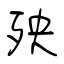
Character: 殃